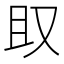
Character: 𫨶